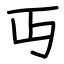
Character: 丏